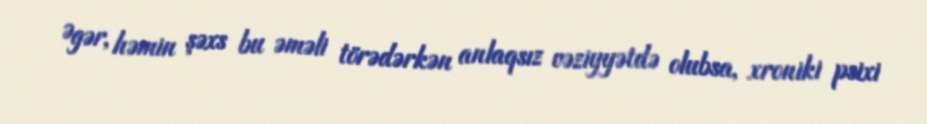
Əgər, həmin şəxs bu əməli törədərkən anlaqsız vəziyyətdə olubsa, xroniki psixi